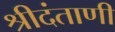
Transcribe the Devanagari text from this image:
श्रीदंताणी